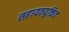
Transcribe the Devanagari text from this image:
सहायतयुक्तित